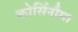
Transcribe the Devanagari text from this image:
कोर्सिनौमा